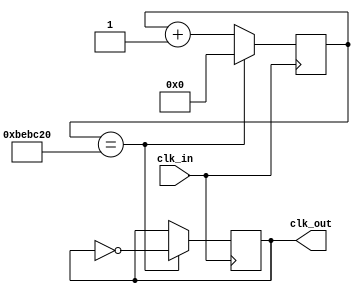
`timescale 1ns / 1ps
//////////////////////////////////////////////////////////////////////////////////
// Company: 
// Engineer: 
// 
// Design Name: 
// Module Name: Slow_Clock_4Hz
// Project Name: 
// Target Devices: 
// Tool Versions: 
// Description: 
// 
// Dependencies: 
// 
// Revision:
// Revision 0.01 - File Created
// Additional Comments:
// 
//////////////////////////////////////////////////////////////////////////////////


module Slow_Clock_4Hz(
    input clk_in,
    output reg clk_out
    );
    reg [25:0] count=0;    // 110-->4mhz   100/4=25,000,000 cycles 
           //so half cycle of 12,500,000
           // so after 12,500,000 cycles logic sets to zero and inverts the clock
           //2^25 equals a number which is greater than 25Million
           
    always@(posedge clk_in)
    begin
    count<=count+1;
    if(count==12_500_000)
    begin
    count<=0;
    clk_out=~clk_out; //reset and invert
    end
    end

endmodule